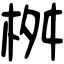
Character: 桝